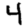
Digit: 4